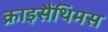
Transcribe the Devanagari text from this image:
क्राइसैंथिमस